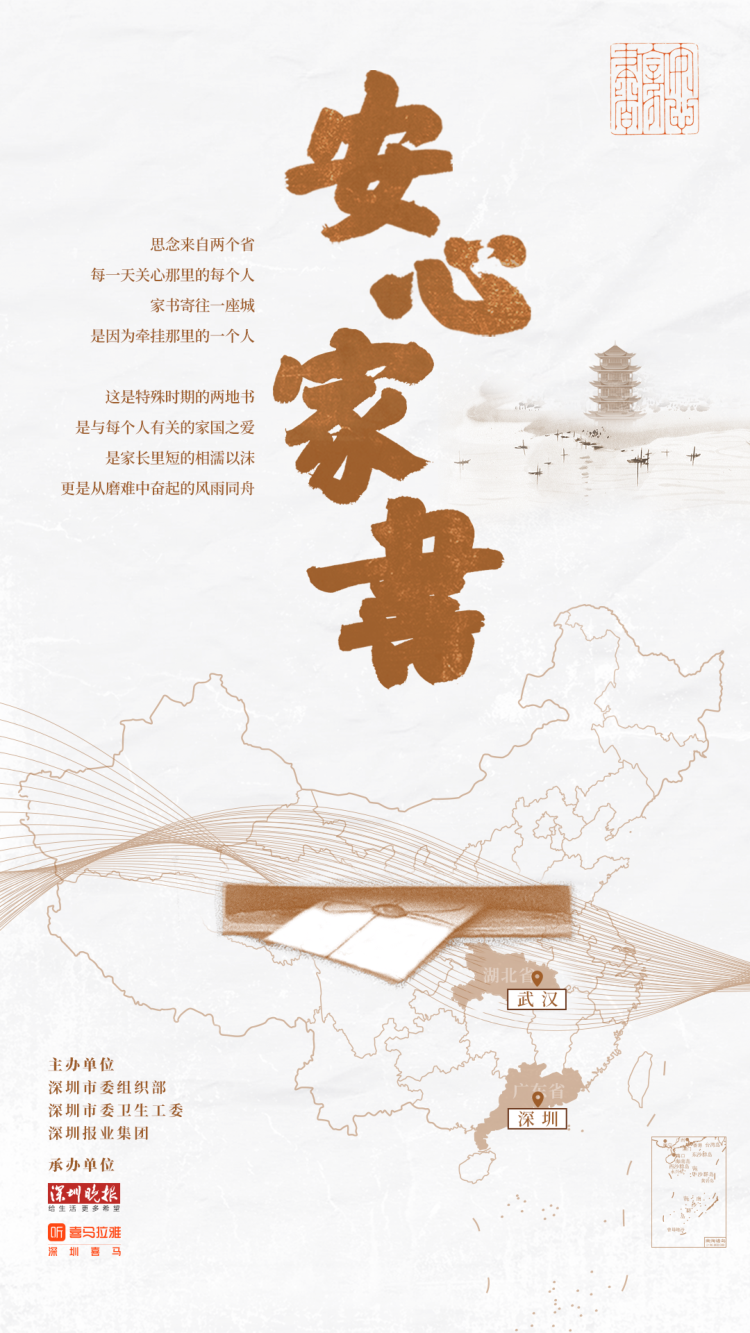
江水三千里，家书十五行。